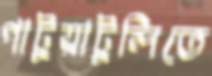
পাটুয়াটুলিতে